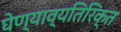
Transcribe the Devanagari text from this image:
घेण्याव्यतिरिक्त